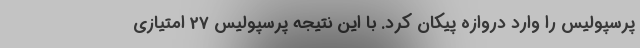
پرسپولیس را وارد دروازه پیکان کرد. با این نتیجه پرسپولیس 27 امتیازی